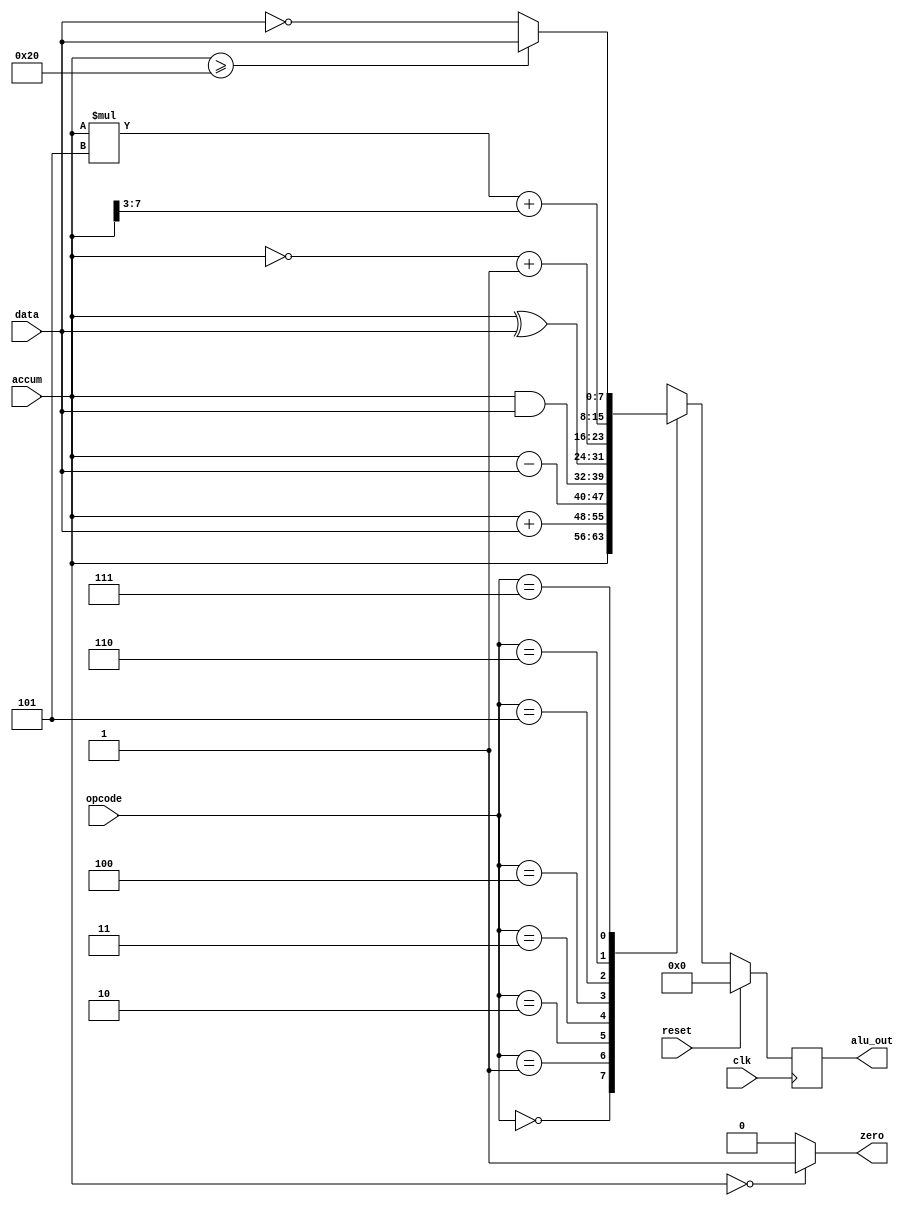
module alu(alu_out, accum, data, opcode, zero, clk, reset);
input 		clk, reset;
input 	[7:0] 	accum, data;
input 	[2:0] 	opcode;

parameter PASSA=3'b000;
parameter ADD  =3'b001;
parameter SUB  =3'b010;
parameter AND  =3'b011;
parameter XOR  =3'b100;
parameter ABS  =3'b101;
parameter CAL  =3'b110;
parameter CND  =3'b111;
output 	reg [7:0] 	alu_out;
output 		zero;



assign zero=(accum==0)?1:0;

always@(posedge clk)
begin
	if(reset)
	begin
		alu_out<=0;
	end
	else
	begin
		case(opcode)
		PASSA:alu_out<=accum;
		ADD:alu_out<=accum+data;
                SUB:alu_out<=accum-data;
                AND:alu_out<=accum&data;
                XOR:alu_out<=accum^data;
                ABS:alu_out<=(~accum)+1;
                CAL:alu_out<=(accum*5)+(accum>>3);
                CND:alu_out<=(accum>=32)?data:(~data);
                default:alu_out<=0;
		endcase
	end
end         
endmodule